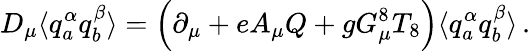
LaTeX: D_{\mu}\langle q_{a}^{\alpha}q_{b}^{\beta}\rangle=\Bigl(\partial_{\mu}+eA_{\mu}Q+gG_{\mu}^{8}T_{8}\Bigr)\langle q_{a}^{\alpha}q_{b}^{\beta}\rangle\, .